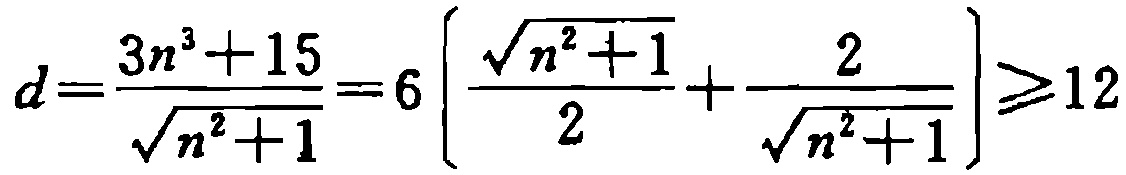
\[

d=\frac{3n^{3}+15}{\sqrt{n^{2}+1}} = 6\left[\frac{\sqrt{n^{2}+1}}{2}+\frac{2}{\sqrt{n^{2}+1}}\right]\geqslant12

\]